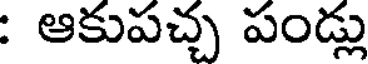
: ఆకుపచ్చ పండ్లు